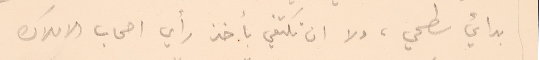
بدائي سطحي، ولا ان تكتفي بأخذ رأي اصحاب الاملاك